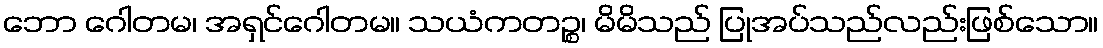
ဘော ဂေါတမ၊ အရှင်ဂေါတမ။ သယံကတဉ္စ၊ မိမိသည် ပြုအပ်သည်လည်းဖြစ်သော။